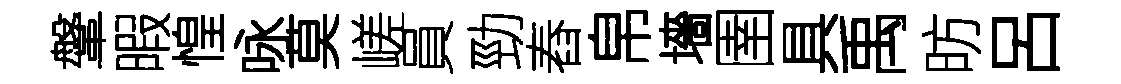
鞶暇惶咏莫嵯員勁舂帛墻圉具禹昉呂